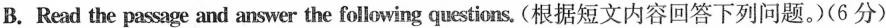
B. Read the passage and answer the following questions. (根据短文内容回答下列问题。(6 分)